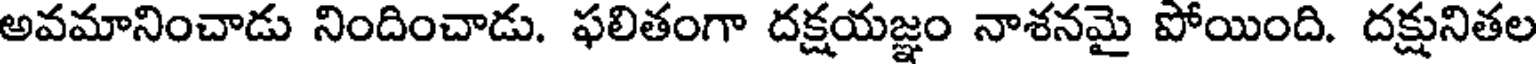
అవమానించాడు నిందించాడు. ఫలితంగా దక్షయజ్ఞం నాశనమై పోయింది. దక్షునితల